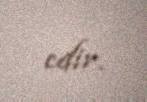
edir.